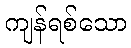
ကျန်ရစ်သော